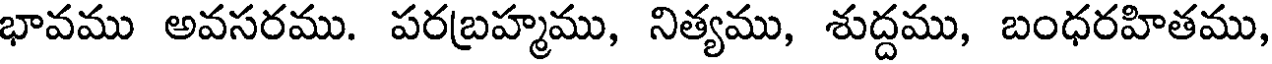
భావము అవసరము. పరబ్రహ్మము, నిత్యము, శుద్దము, బంధరహితము,